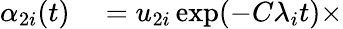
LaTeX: \begin{array}{rl}{\alpha_{2i}(t)}&{{}=u_{2i}\exp(-C\lambda_{i}t)\times}\end{array}